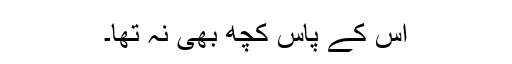
اس کے پاس کچھ بھی نہ تھا۔